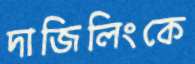
দাজিলিংকে